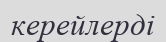
керейлерді